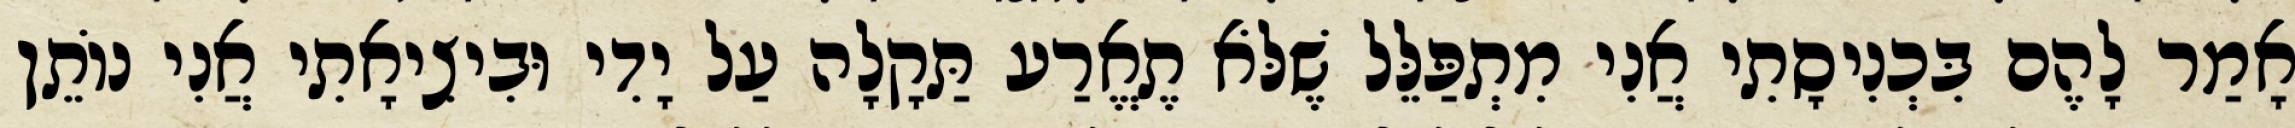
אָמַר לָהֶם בִּכְנִיסָתִי אֲנִי מִתְפַּלֵּל שֶׁלֹּא תֶאֱרַע תַּקָלָה עַל יָדִי וּבִיצִיאָתִי אֲנִי נוֹתֵן